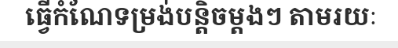
ធ្វើកំណែទម្រង់បន្តិចម្តងៗ តាមរយៈ